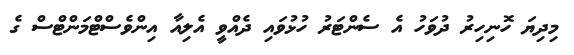
މިދިޔަ ހޮނިހިރު ދުވަހު އެ ސެންޓަރު ހުޅުވައި ދެއްވީ އެލިއާ އިންވެސްޓްމަންޓްސް ގެ